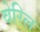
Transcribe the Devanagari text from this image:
वेरिल